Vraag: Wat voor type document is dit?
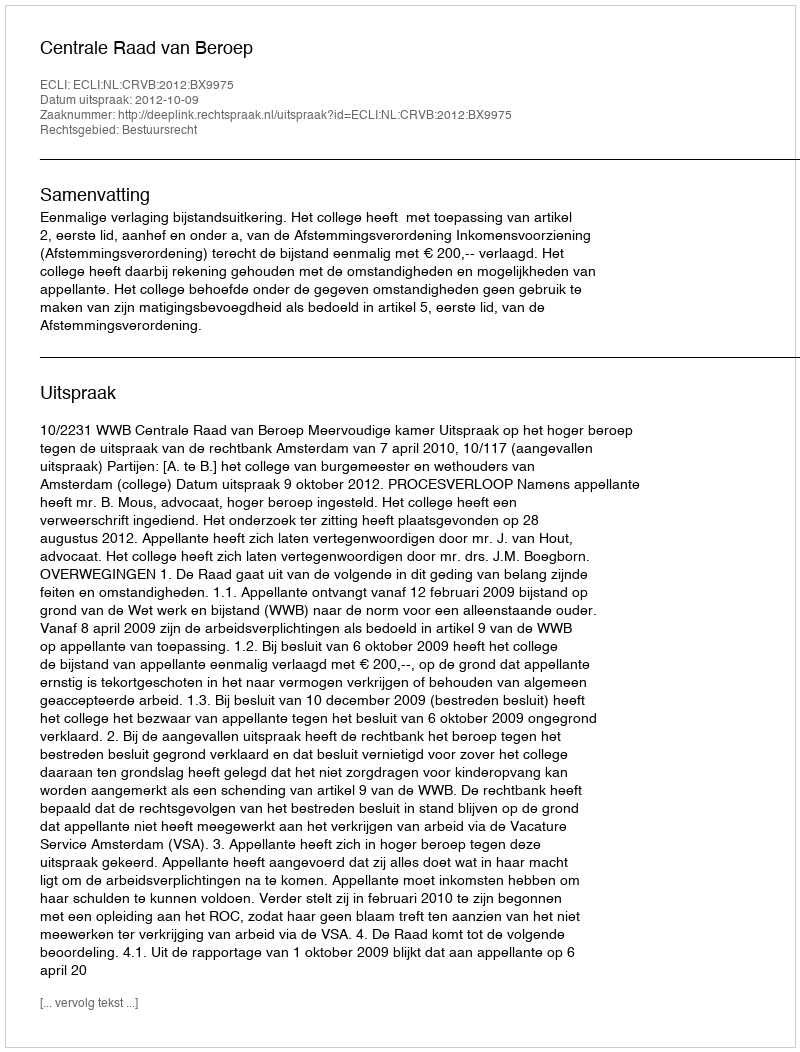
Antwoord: Uitspraak